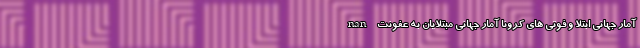
nan آمار جهانی ابتلا و فوتی های کرونا آمار جهانیِ مبتلایان به عفونت